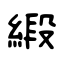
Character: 緞